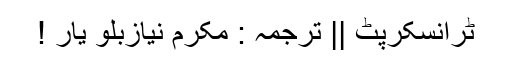
ٹرانسکرپٹ || ترجمہ : مکرم نیازبلو یار !